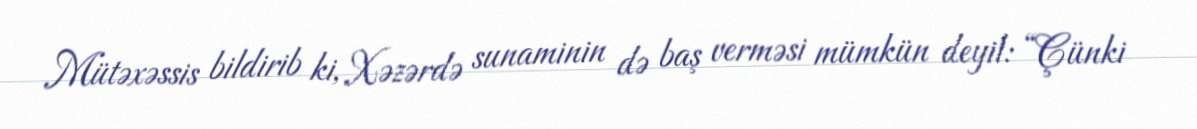
Mütəxəssis bildirib ki, Xəzərdə sunaminin də baş verməsi mümkün deyil: “Çünki